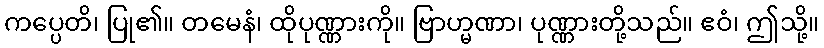
ကပ္ပေတိ၊ ပြု၏။ တမေနံ၊ ထိုပုဏ္ဏားကို။ ဗြာဟ္မဏာ၊ ပုဏ္ဏားတို့သည်။ ဧဝံ၊ ဤသို့။